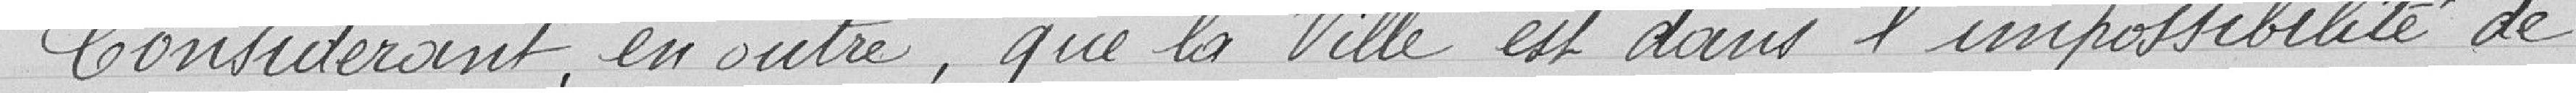
Considérant, en outre, que la Ville est dans l'impossibilité de